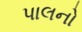
પાલનો